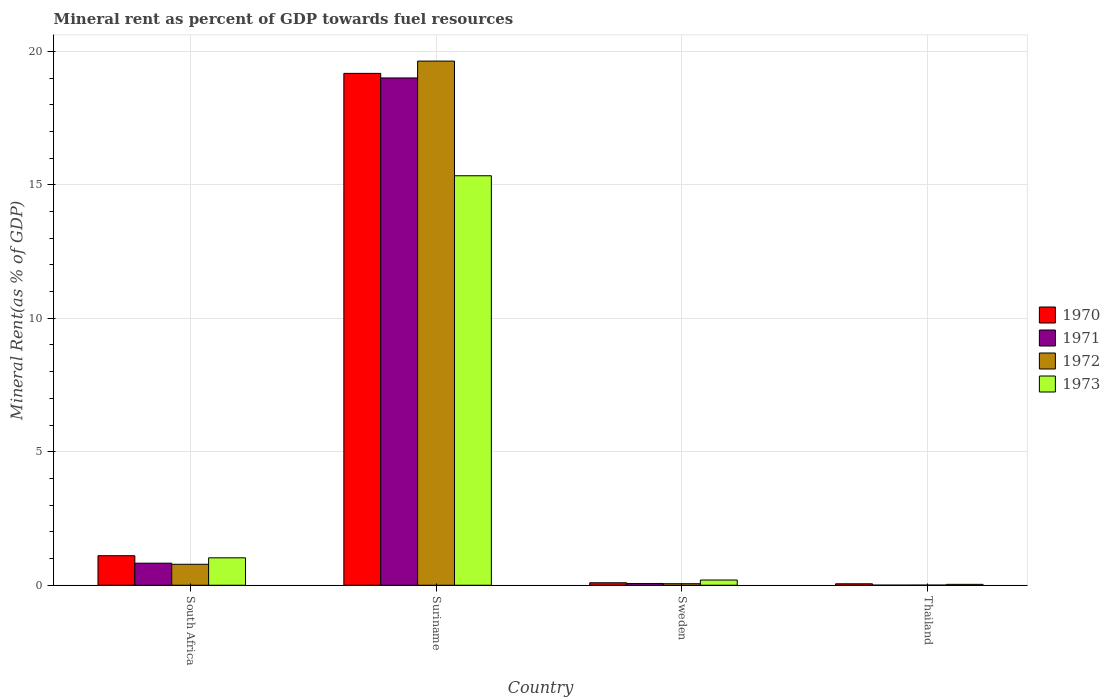
| Country | 1970 | 1971 | 1972 | 1973 |
 | --- | --- | --- | --- | --- |
 | South Africa | 1.11 | 0.826 | 0.785 | 1.03 |
 | Suriname | 19.2 | 19 | 19.6 | 15.3 |
 | Sweden | 0.0926 | 0.0662 | 0.0574 | 0.195 |
 | Thailand | 0.054 | 0.0032 | 0.00507 | 0.0331 |